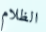
الظلام